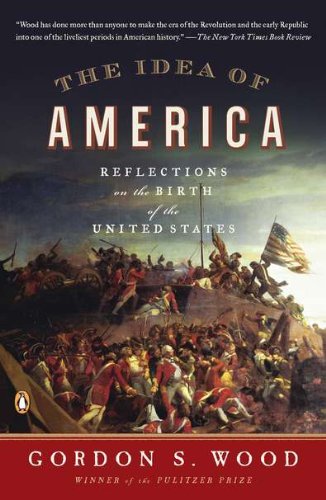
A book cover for The Idea of America: Reflections on the Birth of the United States; Gordon S. Wood; History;